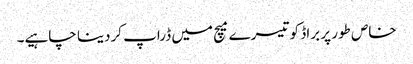
خاص طور پر براڈ کو تیسرے میچ میں ڈراپ کردینا چاہیے۔